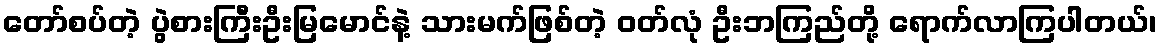
တော်စပ်တဲ့ ပွဲစားကြီးဦးမြမောင်နဲ့ သားမက်ဖြစ်တဲ့ ဝတ်လုံ ဦးဘကြည်တို့ ရောက်လာကြပါတယ်၊